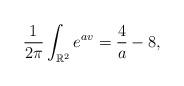
LaTeX: \begin{align*}\frac{1}{2\pi}\int_{\mathbb{R}^2}e^{av}=\frac{4}{a}-8,\end{align*}